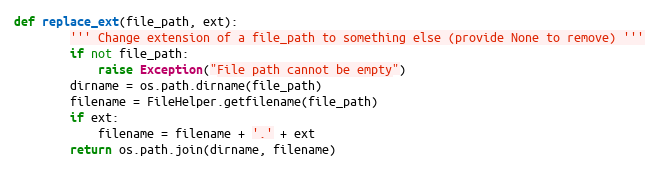
Language: Python
def replace_ext(file_path, ext):
        ''' Change extension of a file_path to something else (provide None to remove) '''
        if not file_path:
            raise Exception("File path cannot be empty")
        dirname = os.path.dirname(file_path)
        filename = FileHelper.getfilename(file_path)
        if ext:
            filename = filename + '.' + ext
        return os.path.join(dirname, filename)